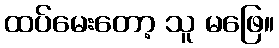
ထပ်မေးတော့ သူ မဖြေ။